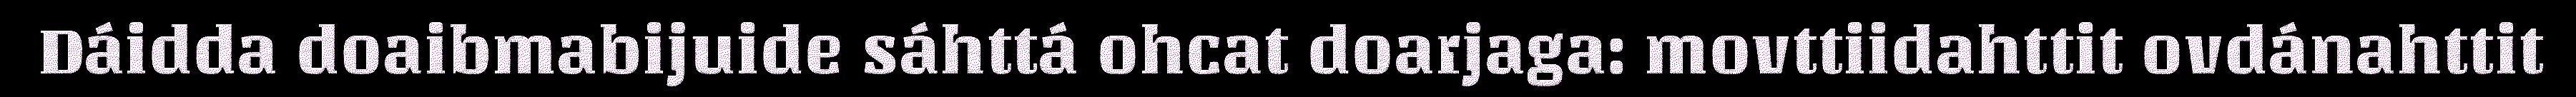
Dáidda doaibmabijuide sáhttá ohcat doarjaga: movttiidahttit ovdánahttit